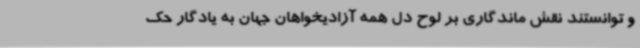
و توانستند نقش ماندگاری بر لوح دل همه آزادیخواهان جهان به یادگار حک